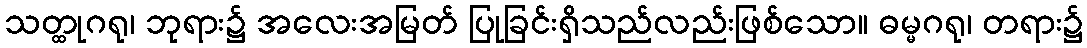
သတ္ထုဂရု၊ ဘုရား၌ အလေးအမြတ် ပြုခြင်းရှိသည်လည်းဖြစ်သော။ ဓမ္မဂရု၊ တရား၌